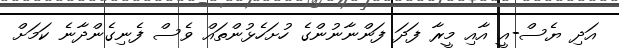
އަދި ޔެސް-އީ އާއި މީރާ ފަދަ ފަންނާނުންގެ ހުށަހެޅުންތައް ވެސް ފެނިގެންދާނެ ކަމަށް